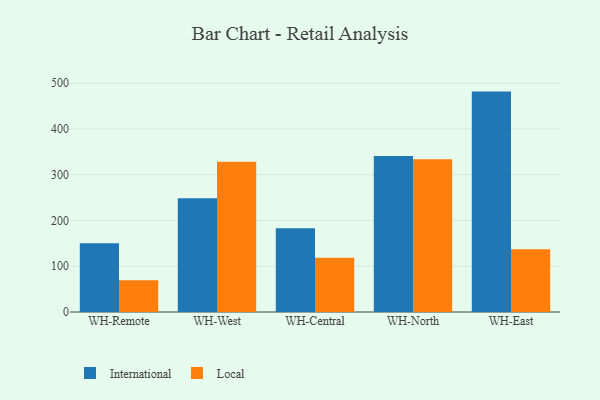
{"axis": {"x": "Warehouse", "y": "Conversion Rate (%)"}, "legend": ["International", "Local"], "data": [{"x": "WH-Remote", "y": 150.0, "type": "International"}, {"x": "WH-Remote", "y": 69.3, "type": "Local"}, {"x": "WH-West", "y": 248.3, "type": "International"}, {"x": "WH-West", "y": 328.3, "type": "Local"}, {"x": "WH-Central", "y": 182.9, "type": "International"}, {"x": "WH-Central", "y": 118.6, "type": "Local"}, {"x": "WH-North", "y": 340.8, "type": "International"}, {"x": "WH-North", "y": 333.8, "type": "Local"}, {"x": "WH-East", "y": 481.5, "type": "International"}, {"x": "WH-East", "y": 137.1, "type": "Local"}]}